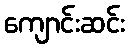
ကျောင်းဆင်း